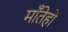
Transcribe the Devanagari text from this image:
माँतेहो